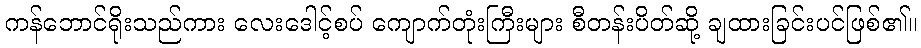
ကန်ဘောင်ရိုးသည်ကား လေးဒေါင့်စပ် ကျောက်တုံးကြီးများ စီတန်းပိတ်ဆို့ ချထားခြင်းပင်ဖြစ်၏။